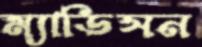
ম্যাডিসন